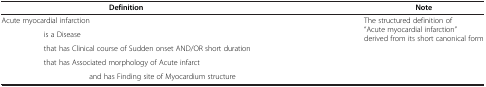
<table><thead><tr><td><b>Definition</b></td><td><b>Note</b></td></tr></thead><tbody><tr><td>Acute myocardial infarction</td><td rowspan="5">The structured definition of “Acute myocardial infarction” derived from its short canonical form</td></tr><tr><td>is a Disease</td></tr><tr><td>that has Clinical course of Sudden onset AND/OR short duration</td></tr><tr><td>that has Associated morphology of Acute infarct</td></tr><tr><td>and has Finding site of Myocardium structure</td></tr></tbody></table>